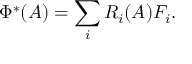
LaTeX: \; \Phi ^ { * } ( A ) = \sum _ { i } R _ { i } ( A ) F _ { i } .